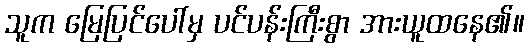
သူက မြေပြင်ပေါ်မှ ပင်ပန်းကြီးစွာ အားယူထနေ၏။